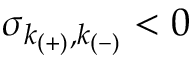
\sigma _ { k _ { ( + ) } , k _ { ( - ) } } < 0